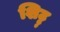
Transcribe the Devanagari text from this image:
शिट्टु